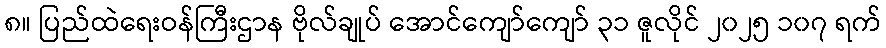
၈။ ပြည်ထဲရေးဝန်ကြီးဌာန ဗိုလ်ချုပ် အောင်ကျော်ကျော် ၃၁ ဇူလိုင် ၂၀၂၅ ၁၀၇ ရက်